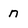
Character: n